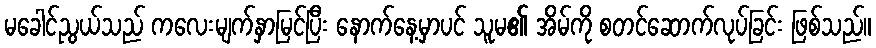
မခေါင်ညွယ်သည် ကလေးမျက်နှာမြင်ပြီး နောက်နေ့မှာပင် သူမ၏ အိမ်ကို စတင်ဆောက်လုပ်ခြင်း ဖြစ်သည်။